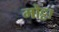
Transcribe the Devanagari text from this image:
मोट्टा